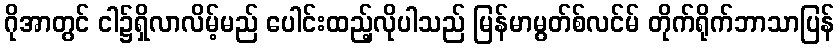
ဂိုအာတွင် ငါ၌ရှိလာလိမ့်မည် ပေါင်းထည့်လိုပါသည် မြန်မာမွတ်စ်လင်မ် တိုက်ရိုက်ဘာသာပြန်